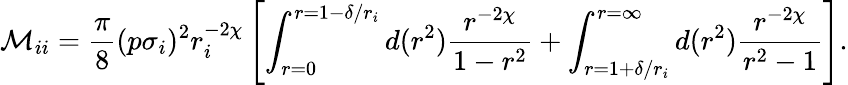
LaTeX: \mathcal M_{ii}=\frac{\pi}{8}(p\sigma_{i})^{2}r_{i}^{-2\chi}\left[\int_{r=0}^{r=1-\delta/r_{i}}d(r^{2})\frac{r^{-2\chi}}{1-r^{2}}+\int_{r=1+\delta/r_{i}}^{r=\infty}d(r^{2})\frac{r^{-2\chi}}{r^{2}-1}\right].